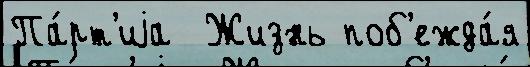
Па́рт'иjа  Жизнь поб'ежда́я